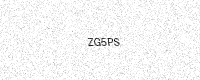
Text: ZG5PS